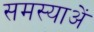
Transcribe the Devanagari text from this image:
समस्याअें